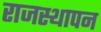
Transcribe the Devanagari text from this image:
राजस्थापन